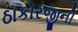
ઠાકોરજીની